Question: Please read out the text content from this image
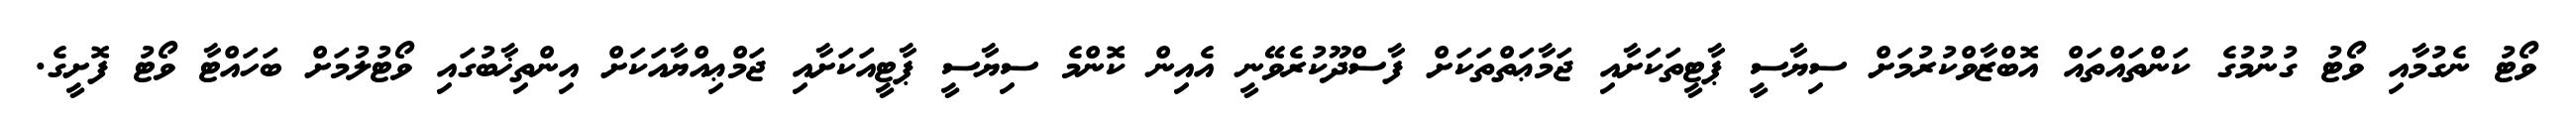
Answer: ވޯޓު ނެގުމާއި ވޯޓު ގުނުމުގެ ކަންތައްތައް އޮބްޒާވްކުރުމަށް ސިޔާސީ ޕާޓީތަކަށާއި ޖަމާޢަތްތަކަށް ފާސްދޫކުރެވޭނީ އެއިން ކޮންމެ ސިޔާސީ ޕާޓީއަކަށާއި ޖަމްޢިއްޔާއަކަށް އިންތިޚާބުގައި ވޯޓުލުމަށް ބަހައްޓާ ވޯޓު ފޮށީގެ.